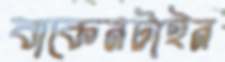
বাকেনটাইন